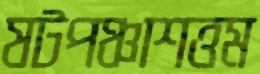
ষটপঞ্চাশত্তম